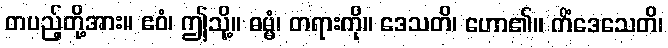
တပည့်တို့အား။ ဧဝံ၊ ဤသို့။ ဓမ္မံ၊ တရားကို။ ဒေသတိ၊ ဟော၏။ ကိံဒေသေတိ၊